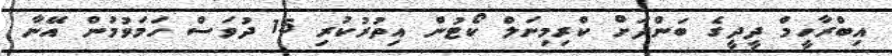
އިބްރާހީމް ދީދީގެ ބަންދަށް ކްރިމިނަލް ކޯޓުން އިތުރުކުރި 15 ދުވަސް ހަމަވުމުން އޭނާ